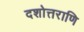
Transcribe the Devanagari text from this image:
दशोत्तराणि